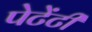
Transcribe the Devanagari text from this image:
पेटेंटी